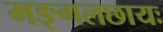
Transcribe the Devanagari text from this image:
मङ्गलछायः